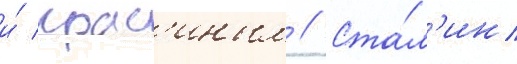
и́ крас'иным // Ста́л'ин